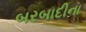
બરબાદીના